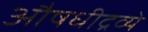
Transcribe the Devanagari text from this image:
औषधीद्रव्ये